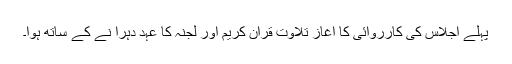
پہلے اجلاس کی کارروائی کا آغاز تلاوت ِقرآن کریم اور لجنہ کا عہد دہرا نے کے ساتھ ہوا۔